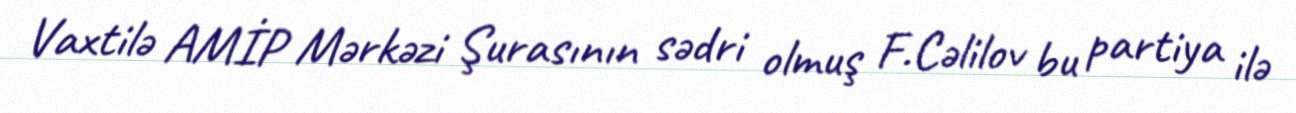
Vaxtilə AMİP Mərkəzi Şurasının sədri olmuş F.Cəlilov bu partiya ilə